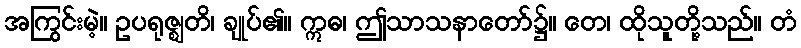
အကြွင်းမဲ့။ ဥပရုဇ္ဈတိ၊ ချုပ်၏။ ဣဓ၊ ဤသာသနာတော်၌။ တေ၊ ထိုသူတို့သည်။ တံ